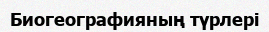
Биогеографияның түрлері